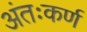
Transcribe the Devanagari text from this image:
अंतःकर्ण